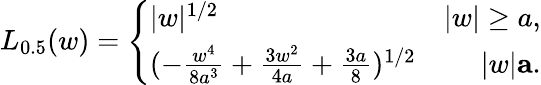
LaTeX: L_{0.5}(w)=\left\{ \begin{array}{lr}{\lvert w\rvert^{1/2}}&{\lvert w\rvert\geq a,}\\ {(-\frac{w^{4}}{8a^{3}}+\frac{3w^{2}}{4a}+\frac{3a}{8})^{1/2}}&{\lvert w\rvert\le a.}\end{array}\right.